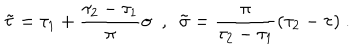
\tilde { \tau } = \tau _ { 1 } + \frac { \tau _ { 2 } - \tau _ { 1 } } { \pi } \sigma \ \ , \ \ \tilde { \sigma } = \frac { \pi } { \tau _ { 2 } - \tau _ { 1 } } ( \tau _ { 2 } - \tau ) \ .